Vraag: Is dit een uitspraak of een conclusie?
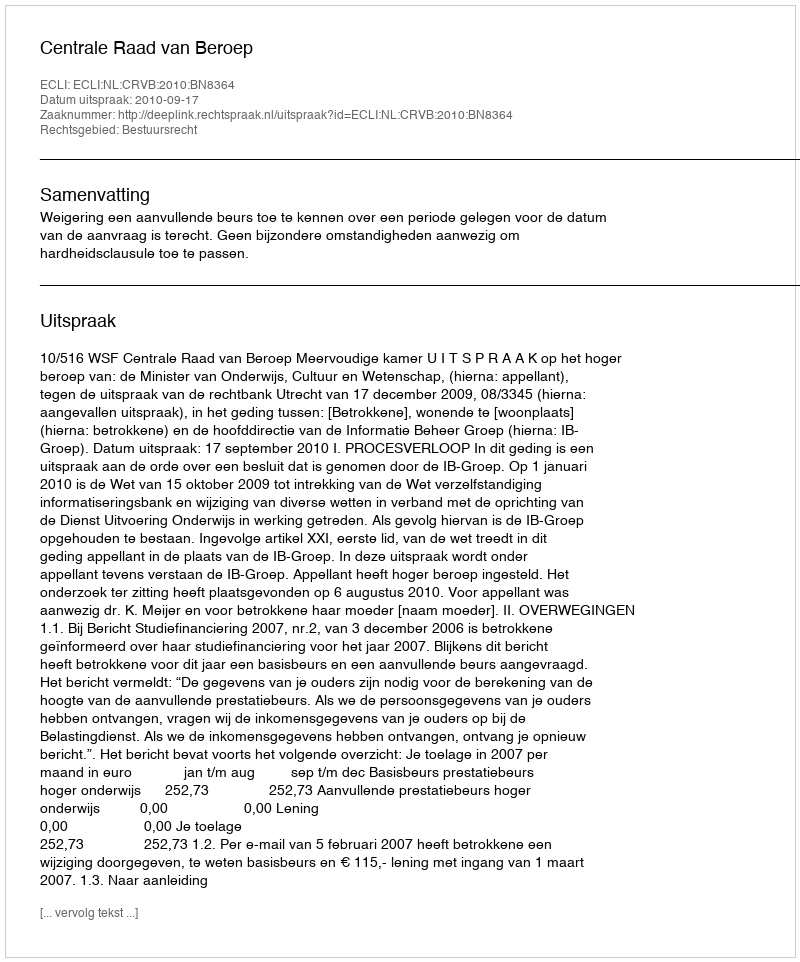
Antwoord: Uitspraak